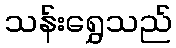
သန်းရွှေသည်